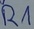
Text: R1